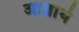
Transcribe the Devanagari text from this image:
आज्ञार्थ